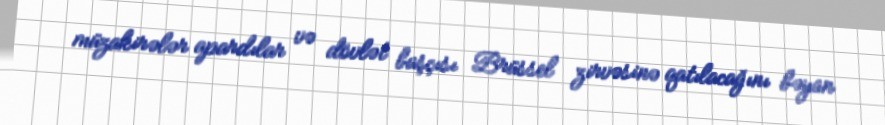
müzakirələr apardılar və dövlət başçısı Brüssel zirvəsinə qatılacağını bəyan